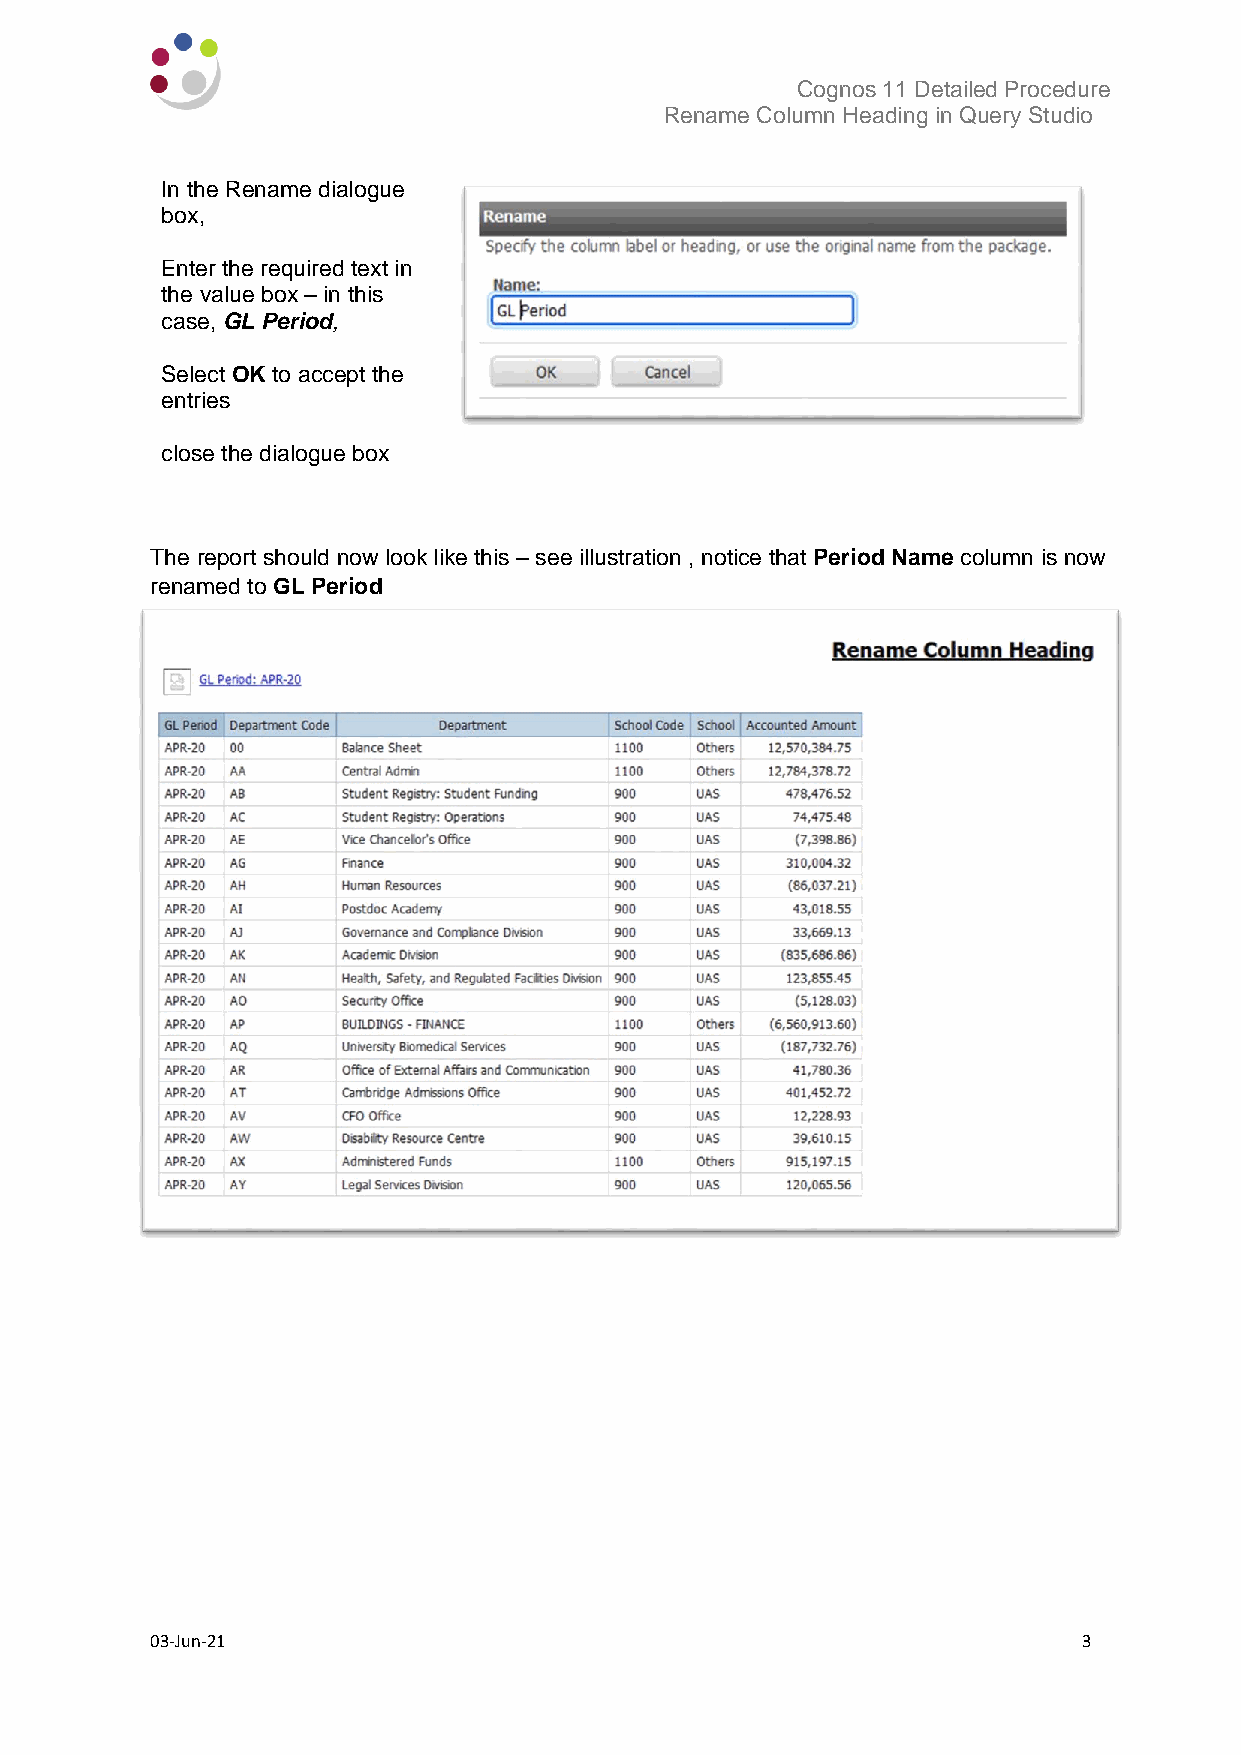
Cognos 11 Detailed Procedure
 Rename Column Heading in Query Studio
 In the Rename dialogue
 box,
 Enter the required text in
 the value box – in this
 case, GL Period,
 Select OK to accept the
 entries
 close the dialogue box
 The report should now look like this – see illustration , notice that Period Name column is now
 renamed to GL Period
 03-Jun-21                                                     3